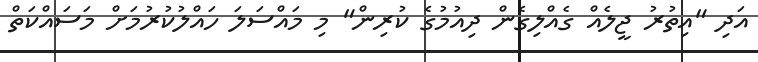
އަދި "އިތުރު ޖީލެއް ގެއްލިގެން ދިއުމުގެ ކުރިން" މި މައްސަލަ ހައްލުކުރުމަށް މަސައްކަތް